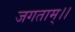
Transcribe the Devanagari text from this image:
जगताम्।।